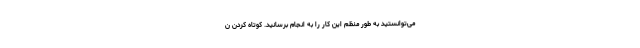
می‌توانستید به طور منظم این کار را به انجام برسانید. کوتاه کردن ن